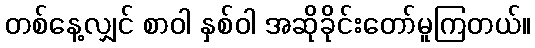
တစ်နေ့လျှင် စာဝါ နှစ်ဝါ အဆိုခိုင်းတော်မူကြတယ်။